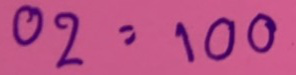
02 = 100